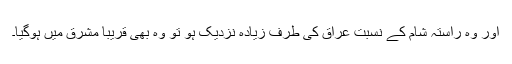
اور وہ راستہ شام کے نسبت عراق کی طرف زیادہ نزدیک ہو تو وہ بھی قریباً مشرق میں ہوگیا۔